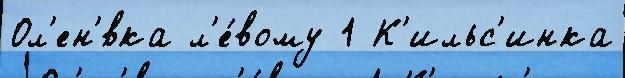
Ол'ен'́вка л'е́вому 1 К'ильс'инка